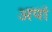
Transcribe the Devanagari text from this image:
अपां